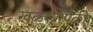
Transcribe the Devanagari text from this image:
खळग्यांपैकी